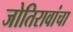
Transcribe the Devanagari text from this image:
जोतिरावांचा